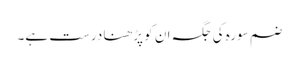
ضم سورہ کی جگہ ان کو پڑھنا درست ہے۔